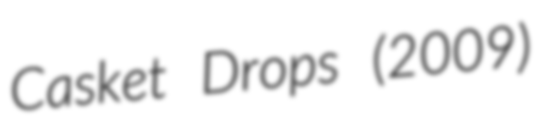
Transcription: Casket Drops (2009)